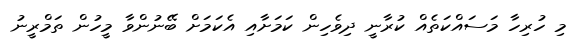
މި ހުރިހާ މަސައްކަތެއް ކުރާނީ ދިވެހިން ކަމަށާއި އެކަމަށް ބޭނުންވާ މީހުން ތަމްރީނު